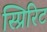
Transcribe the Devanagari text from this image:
स्प्रिरिट